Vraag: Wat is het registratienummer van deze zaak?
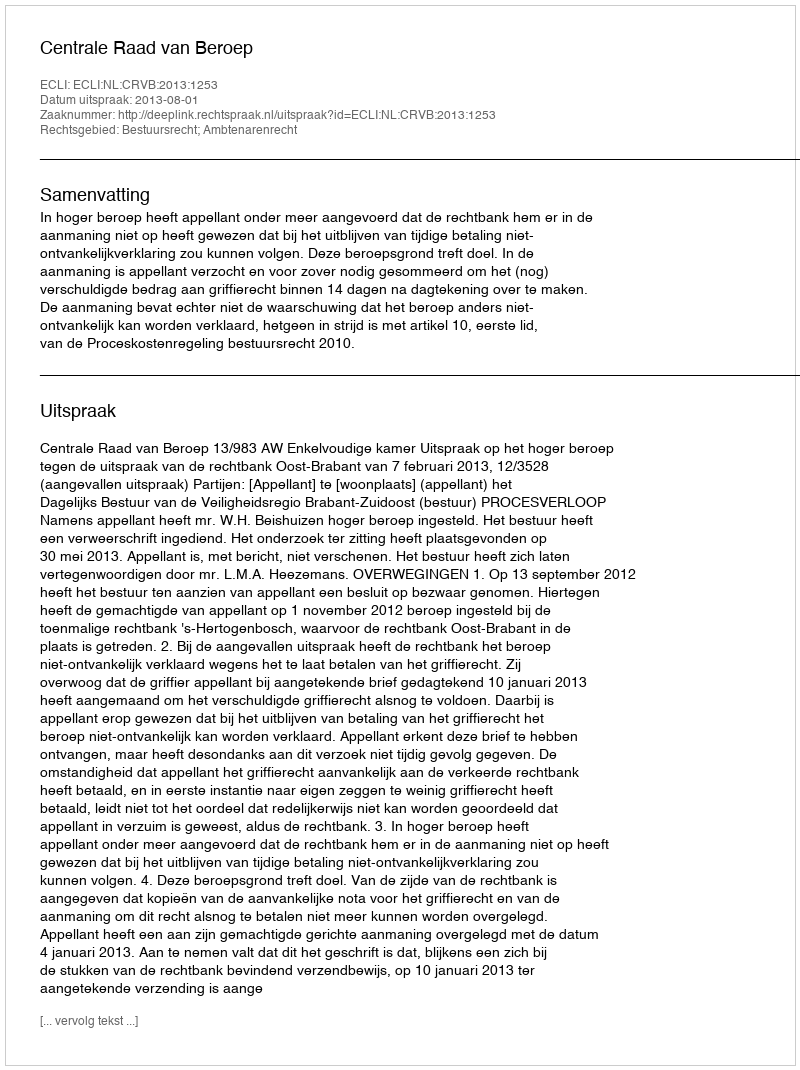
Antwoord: http://deeplink.rechtspraak.nl/uitspraak?id=ECLI:NL:CRVB:2013:1253